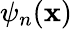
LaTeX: \psi_{n}(\mathbf{x})